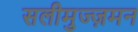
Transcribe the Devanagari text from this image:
सलीमुज्ज़मन